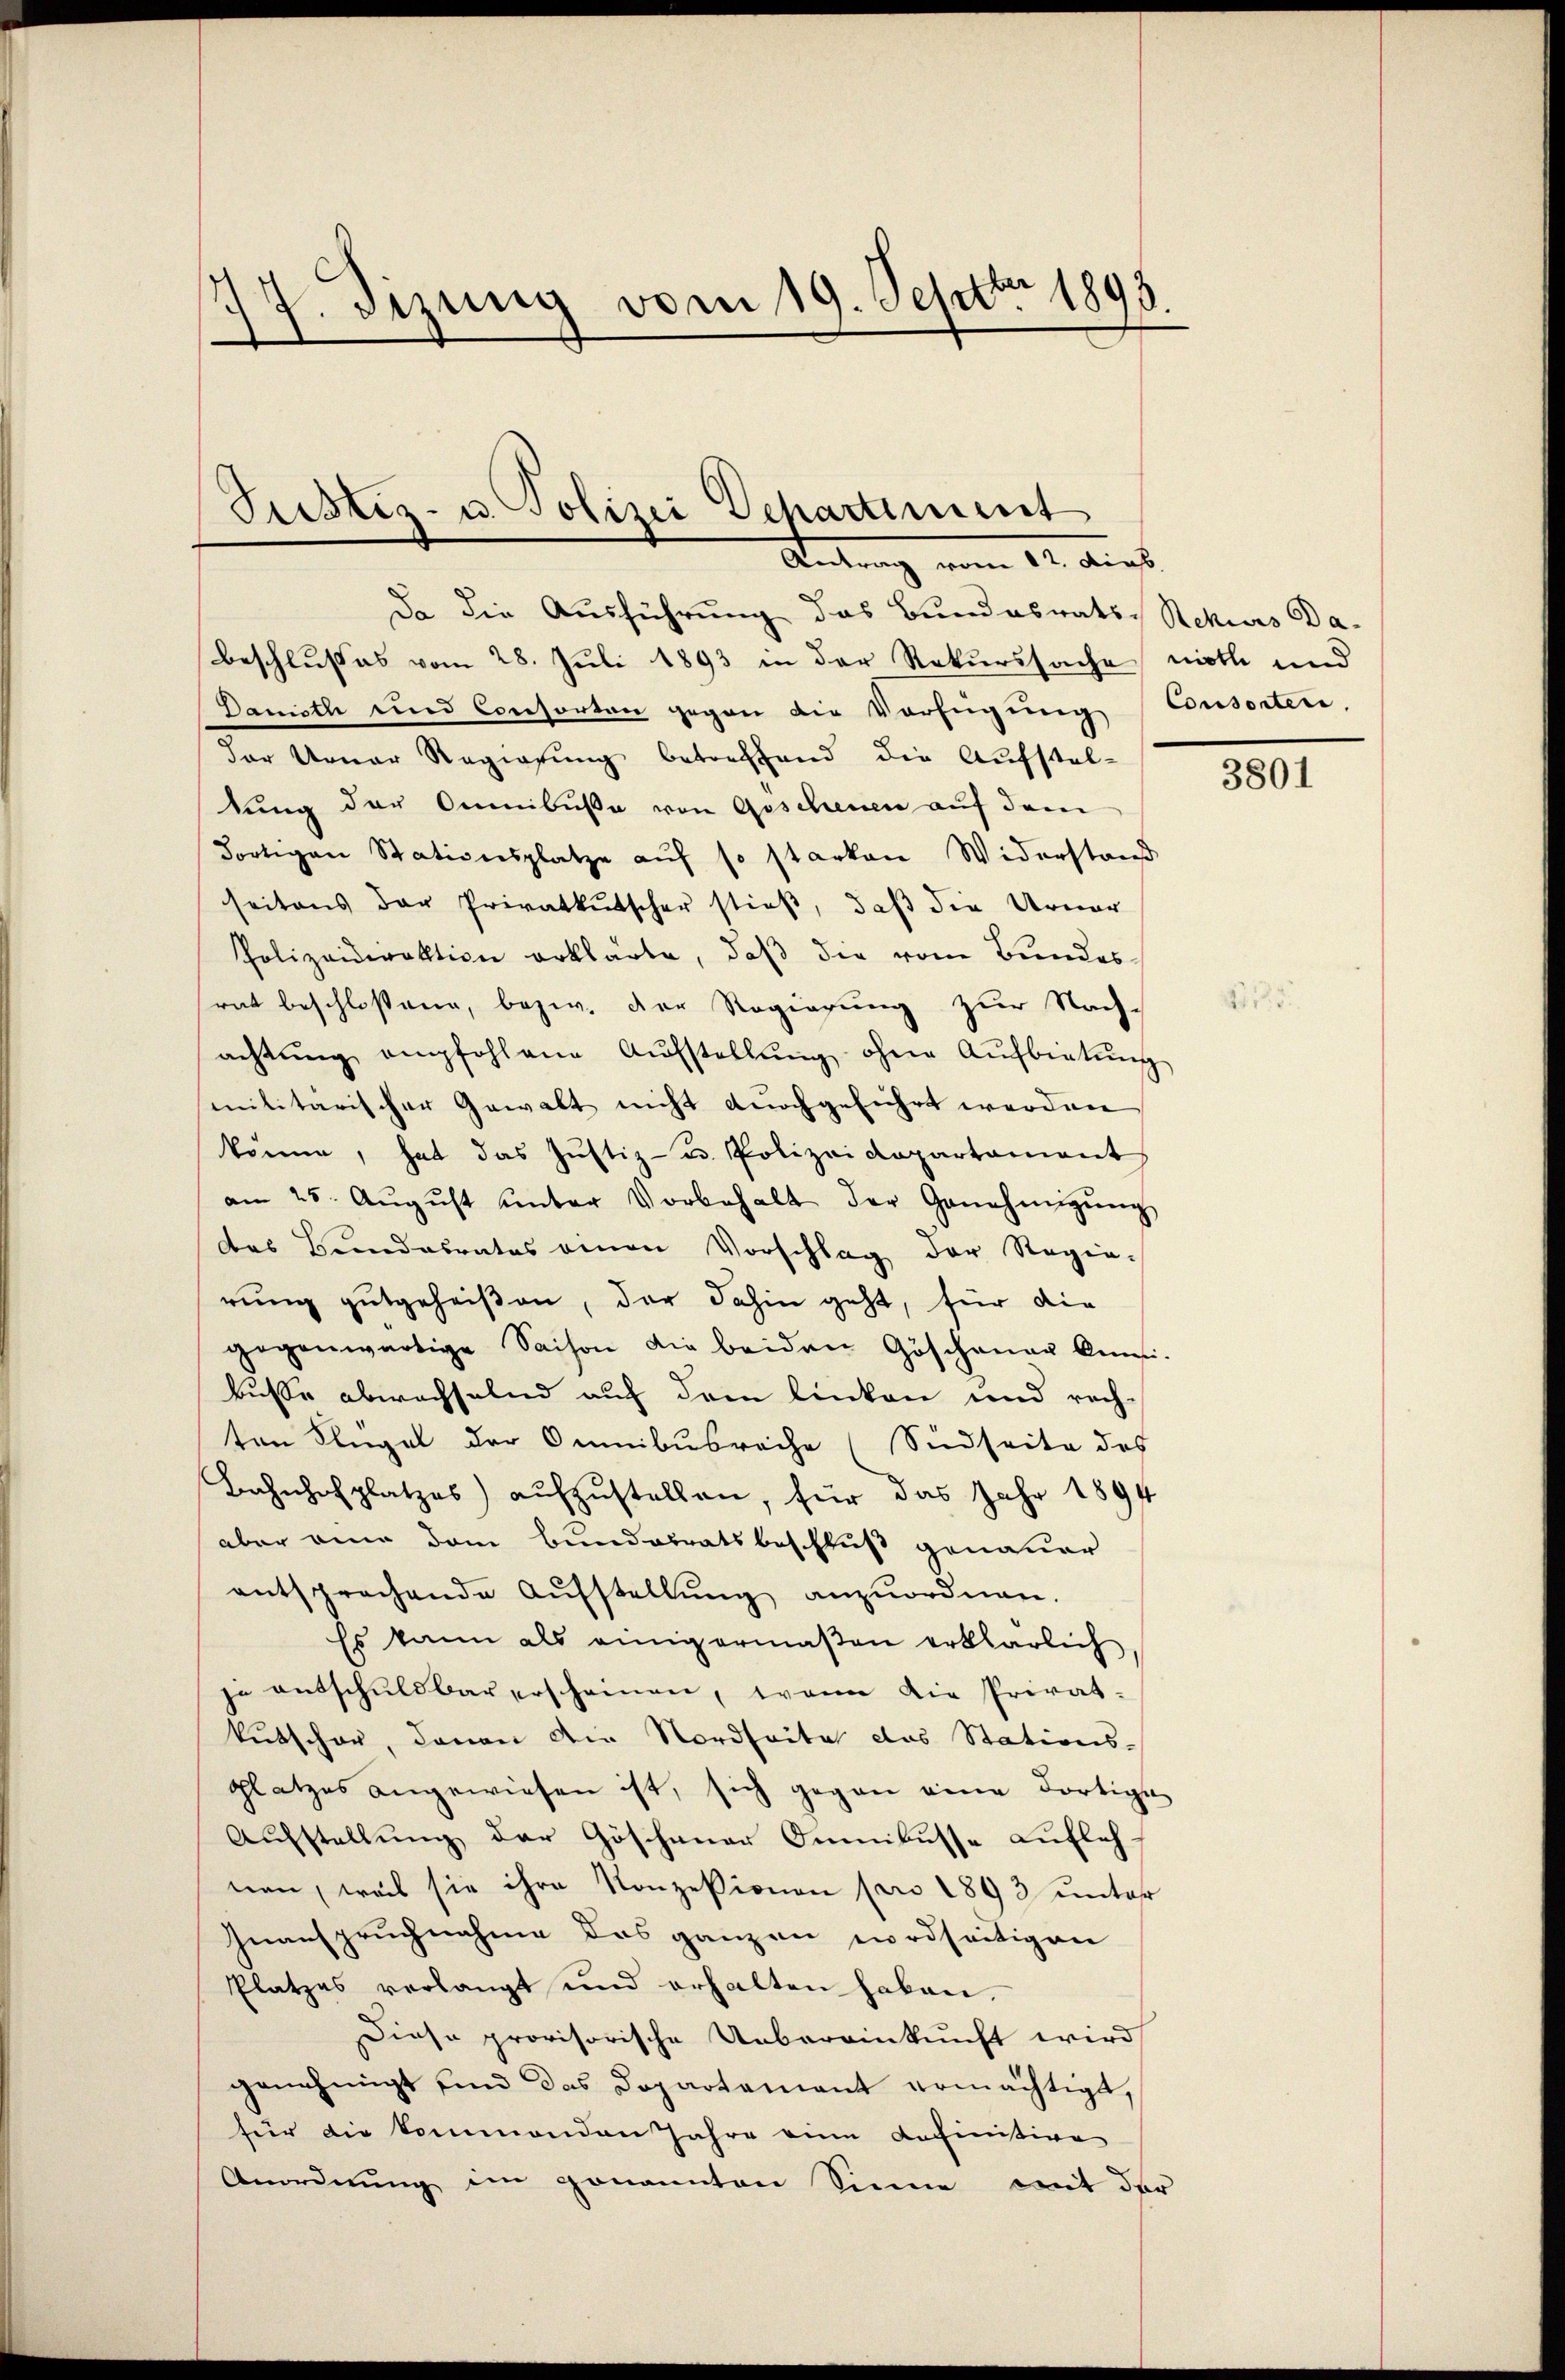
17. Sizung vom 19. Septbr 1898.
.

Justiz- u. Polizei Departiment
Antrag vom 12. dies

Da die Ausführung das Bundesrats Rekurs Da-
Beschlusses vom 28. Juli 1893 in der Rekurssache noth und
Dameth und Consorten gegen die Verfügung Consorten,
der Urner Regierung betreffend die Aufstal-
tung der Omnibuse von Geschenen auf dem
Fortigen Stationsplatze auf so starken Widerstand
seitens der Privatkŭtscher stieß, daβ die Urner
Polizeidirektion erklärte, daß die vom Bundesrat beschloßang, bezw. der Regierung zur Nach-
achtŭng empfohlene Aŭfstellŭng ohne Aŭfbietŭng
militarischer Gewalt nicht durchgeführt werden
könne, hat das Jŭstiz- u. Polizeidepartament
an 25. Aŭgŭst ŭnter Vorbehalt der Genehmigŭng
des Bundesrates einen Vorschlag der Regie-
rung gutgeheißen, der dahin geht, für die
gegenwärtige Saison die beiden Göschauer kon-
busse abwechselnd auf dem linken und rech-
ten Flügel der Omnibusräche (Südseite des
Bahnhofplatzes) aufzustellen, für das Jahr 1894
aber eine dem Bundesratsbeschluß genauer
entsprechende Aŭfstellŭng anzuordnen.
Es kann als einigermaßen erklärlich
je entschuldbar erscheinen, wenn die Privat-
kutscher, davon die Nordseite das Stations-
platzes angewiesen ist, sich gegen eine dortige
Aufstellung der Göschener Omnibusse Luflehnen, weis sie ihre Konzessionen pro 1893 unter
Inanspruchnahme des ganzen wordseitigen
Platzes verlangt und erhalten haben.
Diese provisorische Uebereinkunft wird
genehmigt sind das Dopartement ermächtigt,
für die kommenden Jahre eine definitive
Anordnung im genannten Sinne mit der

3801